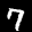
Label: 7